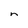
Character: n